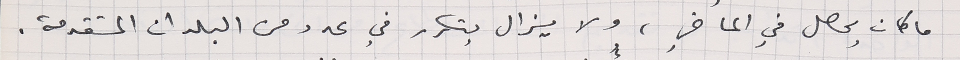
ما كان يحصل في الماضي، ولا يزال يتكرر في عدد من البلدان المتقدمة.